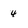
Character: 4